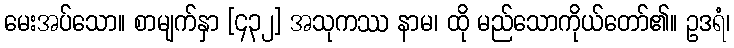
မေးအပ်သော။ စာမျက်နှာ [၄၃၂] အသုကဿ နာမ၊ ထို မည်သောကိုယ်တော်၏။ ဥဒရံ၊